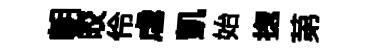
朝皎伶虐凱始揔苐